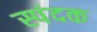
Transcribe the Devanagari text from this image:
स्पंदक